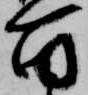
百